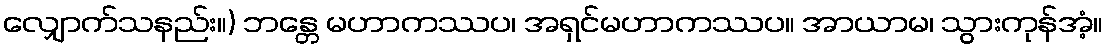
လျှောက်သနည်း။) ဘန္တေ မဟာကဿပ၊ အရှင်မဟာကဿပ။ အာယာမ၊ သွားကုန်အံ့။